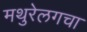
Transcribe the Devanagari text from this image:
मथुरेलगचा